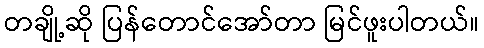
တချို့ဆို ပြန်တောင်အော်တာ မြင်ဖူးပါတယ်။